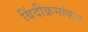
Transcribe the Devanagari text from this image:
बिंदीक्रमांकन